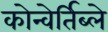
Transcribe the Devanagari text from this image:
कोन्वेर्तिब्ले